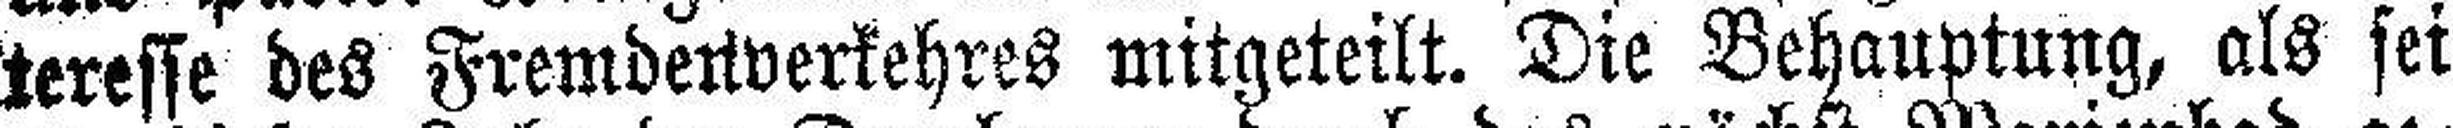
teresse des Fremdenverkehres mitgeteilt. Die Behauptung, als sei